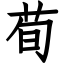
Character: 荀